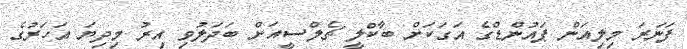
ފަނަރަ މިލިއަން ޕައުންޑްގެ އަގަކަށް ބާކްލީ ޗެލްސީއަށް ބަދަލުވި އިރު މިދިޔަ އަހަރުގެ